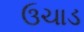
ઉચાડ